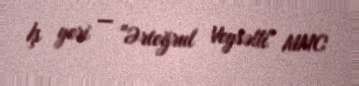
İş yeri — "Ərtoğrul Veysəlli" MMC